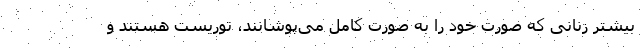
بیشتر زنانی که صورت خود را به صورت کامل می‌پوشانند، توریست هستند و